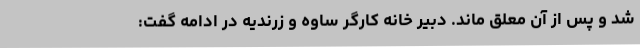
شد و پس از آن معلق ماند. دبیر خانه کارگر ساوه و زرندیه در ادامه گفت: